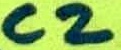
Text: C2